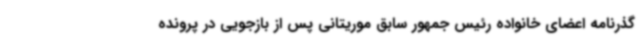
گذرنامه اعضای خانواده رئیس جمهور سابق موریتانی پس از بازجویی در پرونده